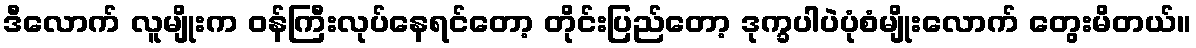
ဒီလောက် လူမျိုးက ဝန်ကြီးလုပ်နေရင်တော့ တိုင်းပြည်တော့ ဒုက္ခပါပဲပုံစံမျိုးလောက် တွေးမိတယ်။